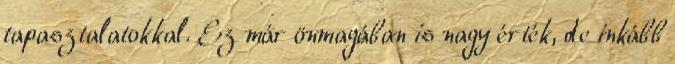
tapasztalatokkal. Ez már önmagában is nagy érték, de inkább